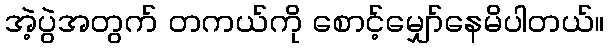
အဲ့ပွဲအတွက် တကယ်ကို စောင့်မျှော်နေမိပါတယ်။